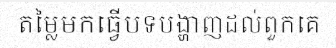
តម្លៃមកធ្វើបទបង្ហាញដល់ពួកគេ